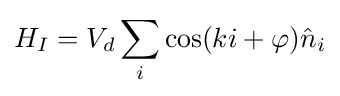
H_{I}=V_{d}\sum \limits _{i}\cos(ki+\varphi ){\hat {n}}_{i}